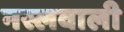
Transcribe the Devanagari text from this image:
नस्लवाली